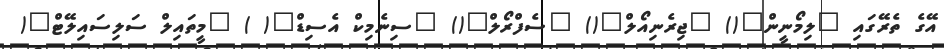
އޭގެ ތެރޭގައި "ލިމޯނީން"() "ޖިރެނިއޯލް"() "ސެފްރޯލް"() "ސިނެމިކް އެސިޑް"( ) "މީތައިލް ސަލިސައިލޭޓް"(